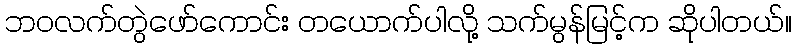
ဘဝလက်တွဲဖော်ကောင်း တယောက်ပါလို့ သက်မွန်မြင့်က ဆိုပါတယ်။